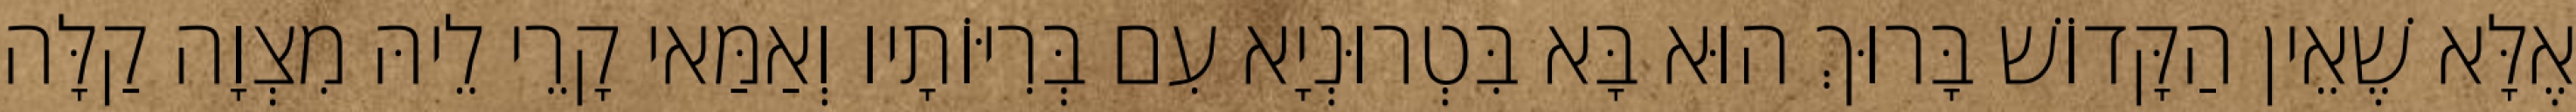
אֶלָּא שֶׁאֵין הַקָּדוֹשׁ בָּרוּךְ הוּא בָּא בִּטְרוּנְיָא עִם בְּרִיּוֹתָיו וְאַמַּאי קָרֵי לֵיהּ מִצְוָה קַלָּה